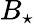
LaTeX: B_{\star}